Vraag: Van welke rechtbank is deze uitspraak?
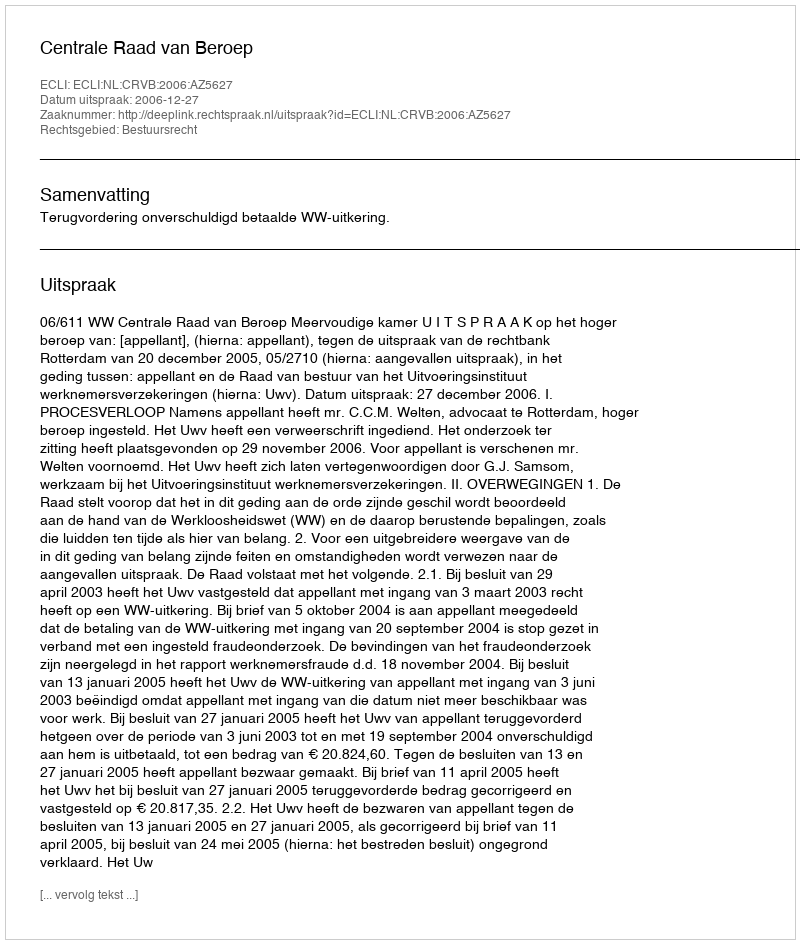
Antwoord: Centrale Raad van Beroep